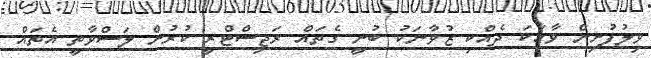
ވިލުފުށިން ވާހަކަ ދެއްކި ޒުވާނަކު ބުނީ ގެތައް ރަޖިސްޓްރީ ކުރުން ލަސްވާތީ އެތައް